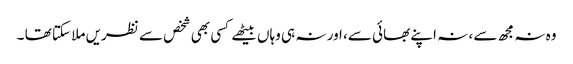
وہ نہ مجھ سے ، نہ اپنے بھائی سے، اور نہ ہی وہاں بیٹھے کسی بھی شخص سے نظریں ملا سکتا تھا ۔